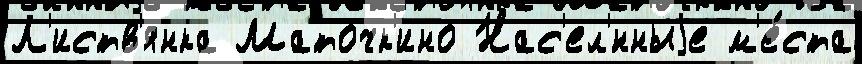
Л'иств'янка Маточк'ино Нас'ел'́нныjе м'е́ста